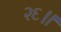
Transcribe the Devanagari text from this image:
२६॥